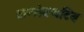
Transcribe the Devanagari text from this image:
कन्सेक्यटिव